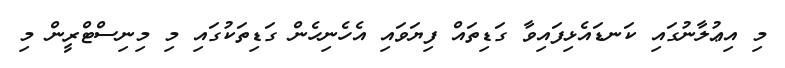
މި އިޢުލާނުގައި ކަނޑައެޅިފައިވާ ގަޑިތައް ފިޔަވައި އެހެނިހެން ގަޑިތަކުގައި މި މިނިސްޓްރީން މި